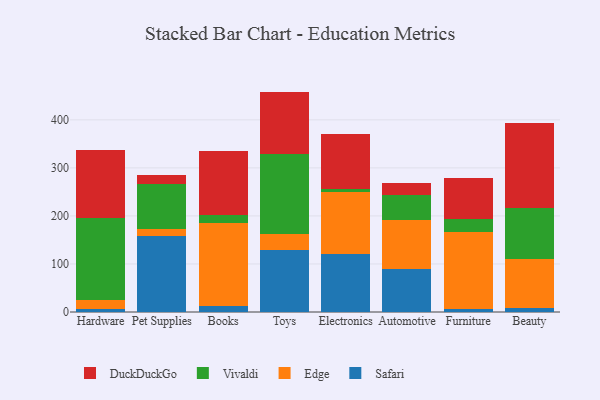
{"axis": {"x": "Category", "y": "LTV (USD)"}, "legend": ["DuckDuckGo", "Edge", "Safari", "Vivaldi"], "data": [{"x": "Hardware", "y": 5.9, "type": "Safari"}, {"x": "Hardware", "y": 18.4, "type": "Edge"}, {"x": "Hardware", "y": 171.9, "type": "Vivaldi"}, {"x": "Hardware", "y": 141.4, "type": "DuckDuckGo"}, {"x": "Pet Supplies", "y": 159.2, "type": "Safari"}, {"x": "Pet Supplies", "y": 13.3, "type": "Edge"}, {"x": "Pet Supplies", "y": 94.1, "type": "Vivaldi"}, {"x": "Pet Supplies", "y": 17.7, "type": "DuckDuckGo"}, {"x": "Books", "y": 11.7, "type": "Safari"}, {"x": "Books", "y": 174.5, "type": "Edge"}, {"x": "Books", "y": 16.4, "type": "Vivaldi"}, {"x": "Books", "y": 132.0, "type": "DuckDuckGo"}, {"x": "Toys", "y": 128.7, "type": "Safari"}, {"x": "Toys", "y": 33.3, "type": "Edge"}, {"x": "Toys", "y": 167.9, "type": "Vivaldi"}, {"x": "Toys", "y": 128.9, "type": "DuckDuckGo"}, {"x": "Electronics", "y": 121.7, "type": "Safari"}, {"x": "Electronics", "y": 127.7, "type": "Edge"}, {"x": "Electronics", "y": 6.4, "type": "Vivaldi"}, {"x": "Electronics", "y": 115.0, "type": "DuckDuckGo"}, {"x": "Automotive", "y": 90.0, "type": "Safari"}, {"x": "Automotive", "y": 102.5, "type": "Edge"}, {"x": "Automotive", "y": 51.8, "type": "Vivaldi"}, {"x": "Automotive", "y": 24.9, "type": "DuckDuckGo"}, {"x": "Furniture", "y": 6.0, "type": "Safari"}, {"x": "Furniture", "y": 161.0, "type": "Edge"}, {"x": "Furniture", "y": 26.9, "type": "Vivaldi"}, {"x": "Furniture", "y": 85.9, "type": "DuckDuckGo"}, {"x": "Beauty", "y": 8.2, "type": "Safari"}, {"x": "Beauty", "y": 101.1, "type": "Edge"}, {"x": "Beauty", "y": 106.4, "type": "Vivaldi"}, {"x": "Beauty", "y": 178.5, "type": "DuckDuckGo"}]}